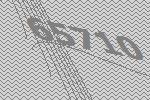
65710